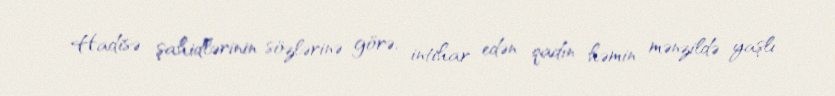
Hadisə şahidlərinin sözlərinə görə, intihar edən qadın həmin mənzildə yaşlı